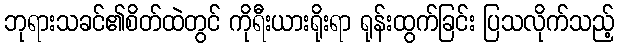
ဘုရားသခင်၏စိတ်ထဲတွင် ကိုရီးယားရိုးရာ ရုန်းထွက်ခြင်း ပြသလိုက်သည့်